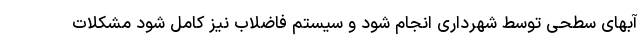
آبهای سطحی توسط شهرداری انجام شود و سیستم فاضلاب نیز کامل شود مشکلات